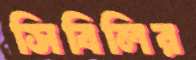
সিবিলির